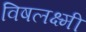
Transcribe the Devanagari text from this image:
विषलक्ष्मी